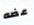
عضه